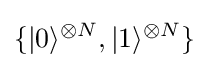
\{|0\rangle ^{\otimes N},|1\rangle ^{\otimes N}\}